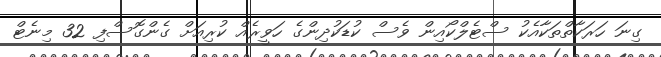
ގިނަ ހަރަކާތްތަކާއެކު ސްޓެލްކޯއިން ވެސް ކުޑަކުދިންގެ ހަވީރެއް ކުރިއަށް ގެންގޮސްފި 32 މިނެޓް